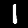
Digit: 1